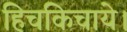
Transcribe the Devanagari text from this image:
हिचकिचाये।